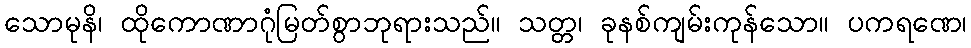
သောမုနိ၊ ထိုကောဏာဂုံမြတ်စွာဘုရားသည်။ သတ္တ၊ ခုနစ်ကျမ်းကုန်သော။ ပကရဏေ၊